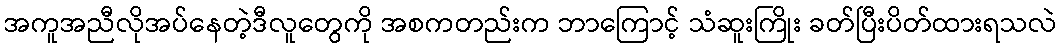
အကူအညီလိုအပ်နေတဲ့ဒီလူတွေကို အစကတည်းက ဘာကြောင့် သံဆူးကြိုး ခတ်ပြီးပိတ်ထားရသလဲ